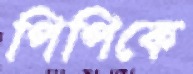
পিপিকে